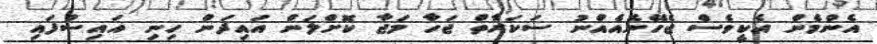
އެންމެން އެކީވެސް ޖެހޭނެއެއްނު ސަކަރާތް ޖަހާ މަޖާ ކޮށްލަން އައިދަން ހިނި އައިސްފައި